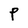
Character: P